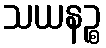
သယနဉ္စ